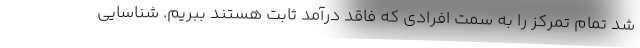
شد تمام تمرکز را به سمت افرادی که فاقد درآمد ثابت هستند ببریم. شناسایی